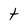
Character: t